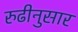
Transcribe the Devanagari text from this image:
रुढीनुसार